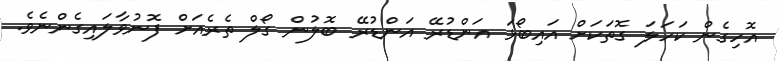
އޮހިގެން ކަހަލަ ގޮތަކަށް އައިބޯޅަ އަންޑުރޭ އަންޑުރޭ ބޮލުން ގޯލް ތެރެއަށް ފޮނުވާލައިގެންނެވެ.